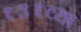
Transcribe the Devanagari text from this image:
१३१व्या